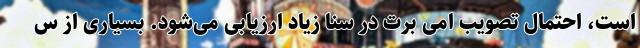
است، احتمال تصویب امی برت در سنا زیاد ارزیابی می‌شود. بسیاری از س